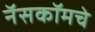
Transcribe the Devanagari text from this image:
नॅसकॉमचे